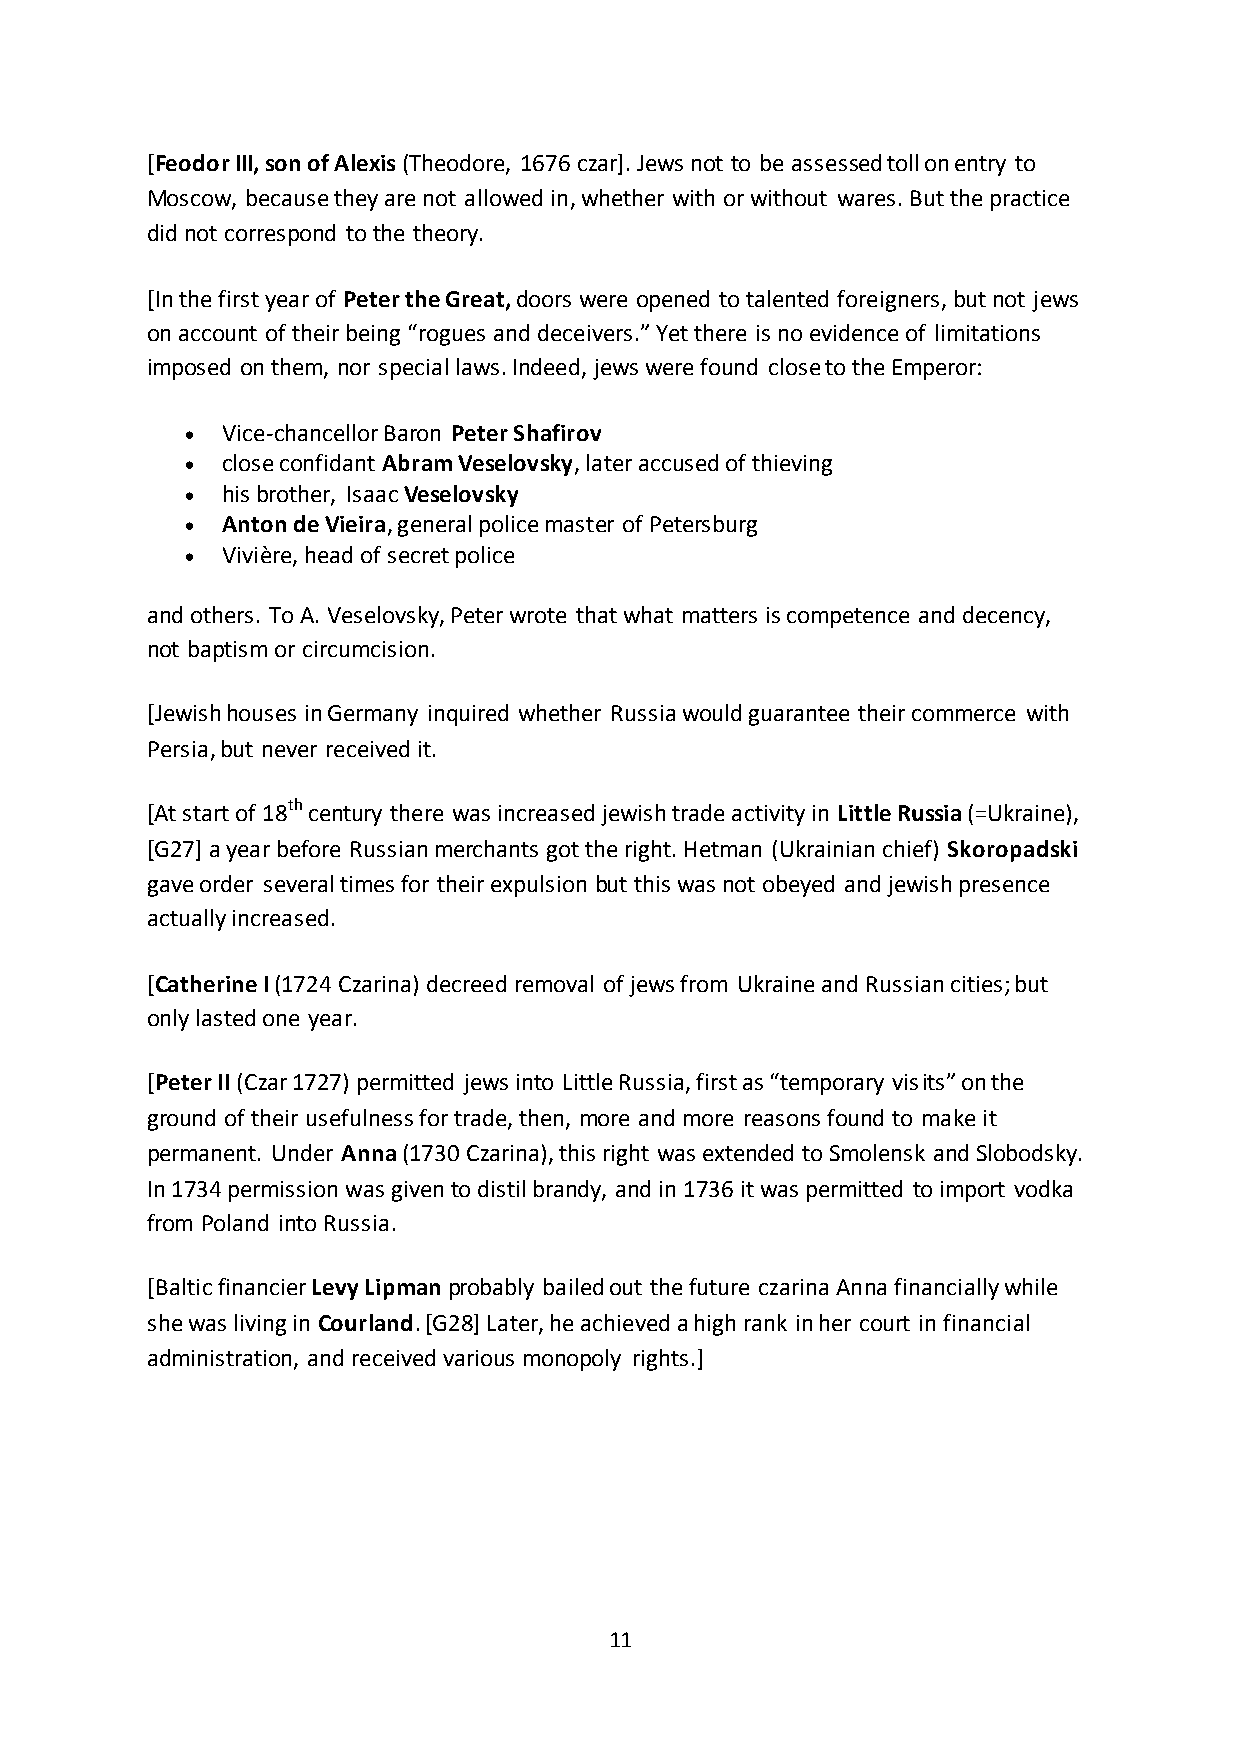
[Feodor III, son of Alexis (Theodore, 1676 czar]. Jews not to be assessed toll on entry to
 Moscow, because they are not allowed in, whether with or without wares. But the practice
 did not correspond to the theory.
 [In the first year of Peter the Great, doors were opened to talented foreigners, but not jews
 on account of their being “rogues and deceivers.” Yet there is no evidence of limitations
 imposed on them, nor special laws. Indeed, jews were found close to the Emperor:
   Vice-chancellor Baron Peter Shafirov
   close confidant Abram Veselovsky, later accused of thieving
   his brother, Isaac Veselovsky
   Anton de Vieira, general police master of Petersburg
   Vivière, head of secret police
 and others. To A. Veselovsky, Peter wrote that what matters is competence and decency,
 not baptism or circumcision.
 [Jewish houses in Germany inquired whether Russia would guarantee their commerce with
 Persia, but never received it.
 [At start of 18th century there was increased jewish trade activity in Little Russia (=Ukraine),
 [G27] a year before Russian merchants got the right. Hetman (Ukrainian chief) Skoropadski
 gave order several times for their expulsion but this was not obeyed and jewish presence
 actually increased.
 [Catherine I (1724 Czarina) decreed removal of jews from Ukraine and Russian cities; but
 only lasted one year.
 [Peter II (Czar 1727) permitted jews into Little Russia, first as “temporary visits” on the
 ground of their usefulness for trade, then, more and more reasons found to make it
 permanent. Under Anna (1730 Czarina), this right was extended to Smolensk and Slobodsky.
 In 1734 permission was given to distil brandy, and in 1736 it was permitted to import vodka
 from Poland into Russia.
 [Baltic financier Levy Lipman probably bailed out the future czarina Anna financially while
 she was living in Courland. [G28] Later, he achieved a high rank in her court in financial
 administration, and received various monopoly rights.]
 11